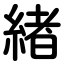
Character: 緖